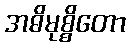
အဓိမုစ္စိတော